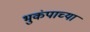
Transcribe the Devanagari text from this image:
भुकंपाच्या